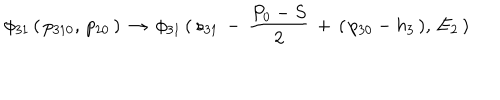
LaTeX: \phi _ { 3 1 } \, ( \, p _ { 3 1 0 } , \, p _ { 2 0 } \, ) \, \to \, \phi _ { 3 1 } \, ( \, s _ { 3 1 } \, - \, { \frac { P _ { 0 } - S } { 2 } } \, + \, ( \, p _ { 3 0 } - h _ { 3 } \, ) , \, E _ { 2 } \, )